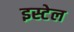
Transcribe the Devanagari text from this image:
इस्टेल